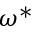
\omega ^ { \ast }